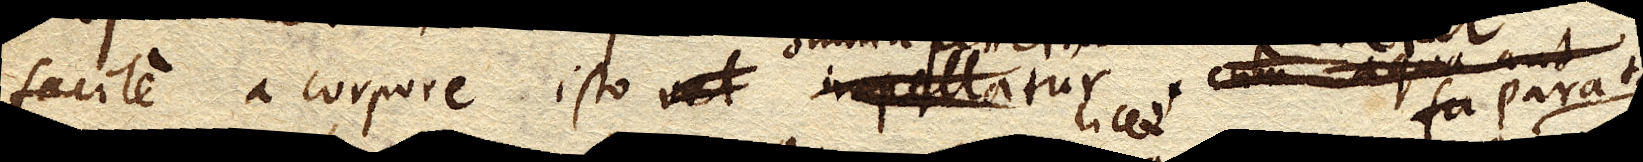
facile a corpore isto vel impellatur,